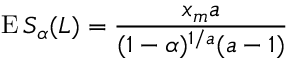
\operatorname { E } S _ { \alpha } ( L ) = { \frac { x _ { m } a } { ( 1 - \alpha ) ^ { 1 / a } ( a - 1 ) } }